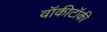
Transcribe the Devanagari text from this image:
वॉकीटॉकी